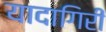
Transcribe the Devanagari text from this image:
यादागिरी